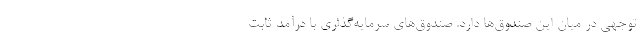
توجهی در میان این صندوق‌ها دارد. صندوق‌های سرمایه‌گذاری با درآمد ثابت